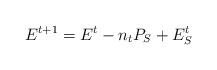
LaTeX: \begin{align*}E_{}^{t+1} = E_{}^{t} - n_tP_S+E_S^t\end{align*}